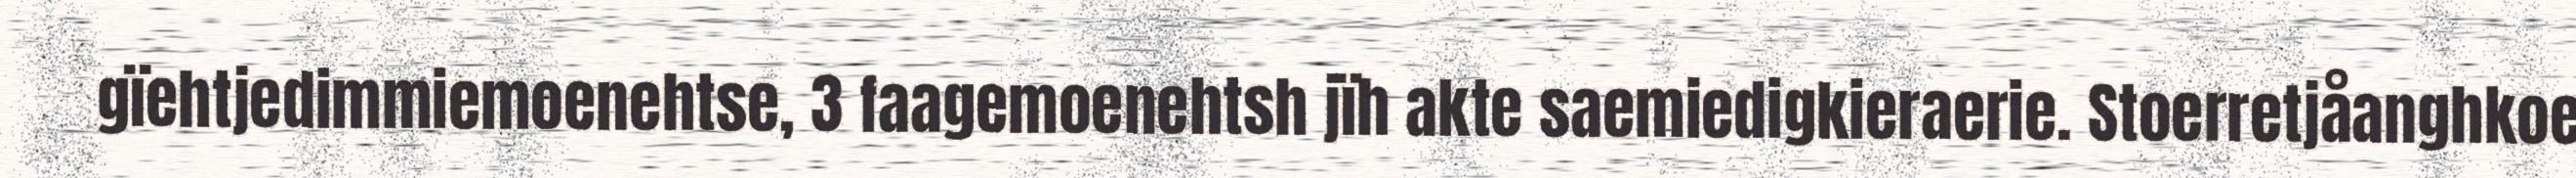
gïehtjedimmiemoenehtse, 3 faagemoenehtsh jïh akte saemiedigkieraerie. Stoerretjåanghkoe